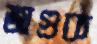
জাগুক